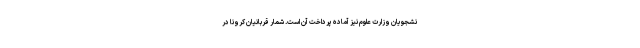
نشجویان وزارت علوم نیز آماده پرداخت آن است. شمار قربانیان کرونا در